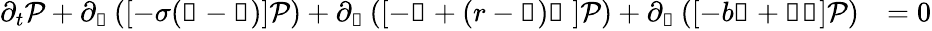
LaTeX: \begin{array}{rl}{\partial_{t}\mathcal{P}+\partial_{\mathscr{x}}\left(\left[-\sigma(\mathscr{x}-\mathscr{y})\right]\mathcal{P}\right)+\partial_{\mathscr{y}}\left(\left[-\mathscr{y}+(r-\mathscr{z})\mathscr{x}\ \right]\mathcal{P}\right)+\partial_{\mathscr{z}}\left(\left[-b\mathscr{z}+\mathscr{x}\mathscr{y}\right]\mathcal{P}\right)}&{=0}\end{array}